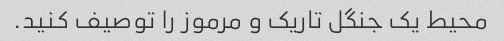
محیط یک جنگل تاریک و مرموز را توصیف کنید.